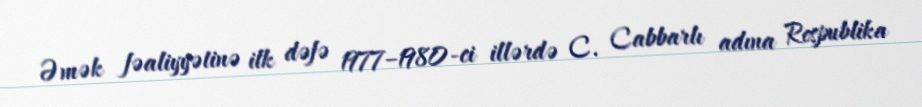
Əmək fəaliyyətinə ilk dəfə 1977–1980-ci illərdə C. Cabbarlı adına Respublika